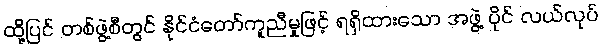
ထို့ပြင် တစ်ဖွဲ့စီတွင် နိုင်ငံတော်ကူညီမှုဖြင့် ရရှိထားသော အဖွဲ့ ပိုင် လယ်လုပ်